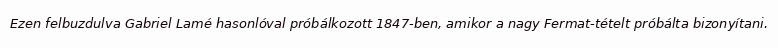
Ezen felbuzdulva Gabriel Lamé hasonlóval próbálkozott 1847-ben, amikor a nagy Fermat-tételt próbálta bizonyítani.